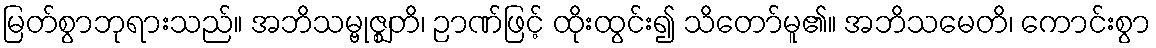
မြတ်စွာဘုရားသည်။ အဘိသမ္ဗုဇ္ဈတိ၊ ဉာဏ်ဖြင့် ထိုးထွင်း၍ သိတော်မူ၏။ အဘိသမေတိ၊ ကောင်းစွာ